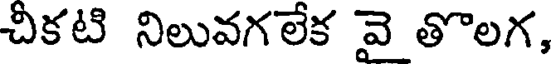
చీకటి నిలువగలేక వె తొలగ,